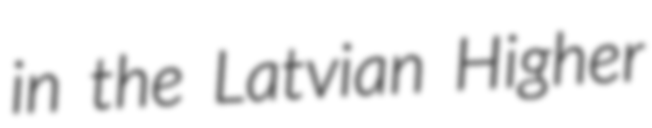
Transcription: in the Latvian Higher